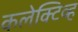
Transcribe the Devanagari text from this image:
कलेक्टिव्ह